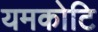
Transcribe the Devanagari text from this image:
यमकोटि